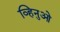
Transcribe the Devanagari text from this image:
व्हिनुओ